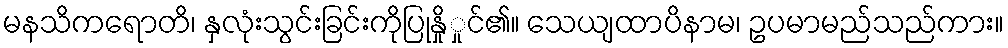
မနသိကရောတိ၊ နှလုံးသွင်းခြင်းကိုပြုနှိုှုင်၏။ သေယျထာပိနာမ၊ ဥပမာမည်သည်ကား။